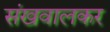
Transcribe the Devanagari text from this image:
संखवालकर